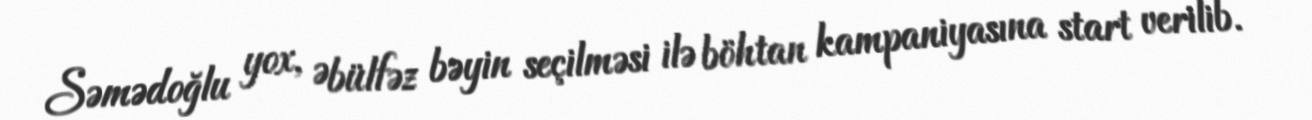
Səmədoğlu yox, Əbülfəz bəyin seçilməsi ilə böhtan kampaniyasına start verilib.